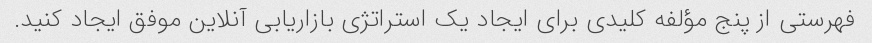
فهرستی از پنج مؤلفه کلیدی برای ایجاد یک استراتژی بازاریابی آنلاین موفق ایجاد کنید.